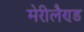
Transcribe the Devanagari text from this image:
मेरीलैण्ड